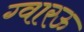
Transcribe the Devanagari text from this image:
ग्वारऊ